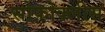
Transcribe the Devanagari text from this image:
सोफ़ोक्लीस